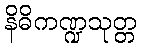
နိဓိကဏ္ဍသုတ္တ